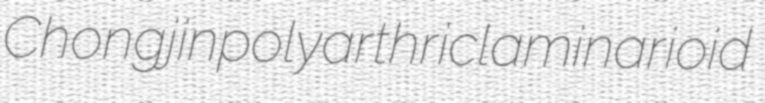
Chongjin polyarthric laminarioid